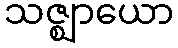
သဇ္ဈာယော